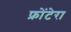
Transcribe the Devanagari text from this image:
फ्रोंटेरा